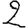
Digit: 2